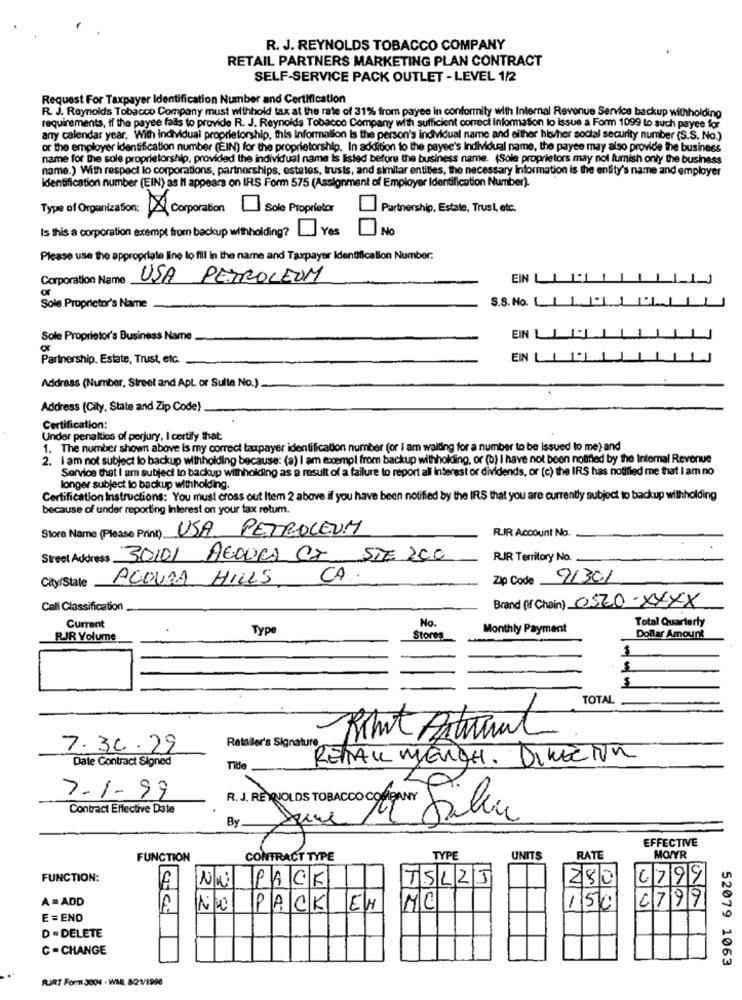
R. J. REYNOLDS TOBACCO COMPANY
RETAIL PARTNERS MARKETING PLAN CONTRACT
SELF-SERVICE PACK OUTLET - LEVEL 1/2
Request For Taxpayer Identification Number and Certification
R. J. Reynolds Tobacco Company must withhold tax at the rate of 31% from payee in conformity with Internal Revenue Service backup withholding
requirements, if the payee fails to provide R. J. Reynolds Tobacco Company with sufficient correct information lo issue a Form 1099 to such payee for
any calendar year. With individual proprietorship, this Information Is the person's individual name and either his/her social security number (S.S. No.)
or the employer identification number (EIN) for the proprietorship. In addition to the payee's Individual name, the payee may also provide the business
name for the sole proprietorship, provided the individual name is listed before the business name. (Sole proprietors may not furnish only the business
name.) With respect lo corporations, partnerships, estates, trusts, and similar entitles, the necessary Information is the enfity's name and employer
Identification number (EIN) as I1 appears on IRS Form 575 (Assignment of Employer Identification Number).
Type of Organization: X Corporation
Sole Proprietor
Partnership, Estate, Trust, etc.
Is this a corporation exempt from backup withholding? Yes
No
Please use the appropriate line to fill in the name and Taxpayer Identification Number:
Corporation Name
USA PETROLEUM
EIN L
or
S.S. No.
Sole Proprietor's Name
Sole Proprietor's Business Name
EIN
Partnership. Estate, Trust, etc.
EIN L
Address (Number, Street and Apt or Sulle No.)
Address (City, State and Zip Code)
Certification:
Under penalties of perjury, I certify that
1. The number shown above is my correct taxpayer identification number (or I am waiting for a number to be issued to me) and
2. I am not subject to backup withholding because: (a) I am exempl from backup withholding, or (b) I have not been notified by the Internal Revenue
Service that I am subject to backup withholding as a result of a failure to report all interest or dividends, or (c) the IRS has notified me that I am no
longer subject to backup withholding.
Certification Instructions: You must cross out Item 2 above.if you have been notified by the IRS that you are currently subject to backup withholding
because of under reporting Interest on your tax retum.
Store Name (Please Print) USA PETROLEUM
RIR Account No.
Street Address 30101 AEDUCA CI STE ZCO
RIR Territory No.
AGOURA HILLS
CA ..
Zip Code 91301
City/Stale
Brand ( Chain) 0520-XXXX
Call Classification
No.
Total Quarterly
Current
Type
Monthly Payment
RJR Volume
Stores
Dollar Amount
$
TOTAL
Retailer's Signature
Rimit Antitunt
7.30.29
Date Contract Signed
RENTAL MERCH. DIRECTOR
Title
7-1-99
R. J. RENQUOLDS TOBACCO COMPANY
Contract Effective Date
By.
EFFECTIVE
FUNCTION
CONTRACT TYPE
TYPE
UNITS
RATE
MOWYR
FUNCTION:
NW PACK
TSLZJ
250
6799
A = ADD
C799
PACK EN
MC
150
E = END
D - DELETE
C -CHANGE
52079 1063
RUIRT Form 3004 - WAL 8/21/1996